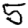
Digit: 5